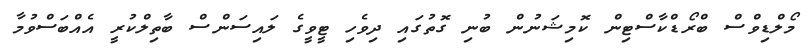
މޯލްޑިވްސް ބްރޯޑްކާސްޓިން ކޮމިޝަނުން ބުނި ގޮތުގައި ދިވެހި ޓީވީގެ ލައިސަންސް ބާތިލްކުރީ އެއްބަސްވުމާ